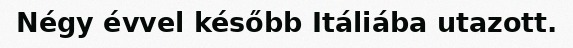
Négy évvel később Itáliába utazott.